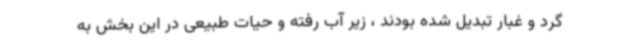
گرد و غبار تبدیل شده بودند ، زیر آب رفته و حیات طبیعی در این بخش به